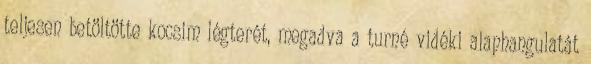
teljesen betöltötte kocsim légterét, megadva a turné vidéki alaphangulatát